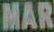
MAR